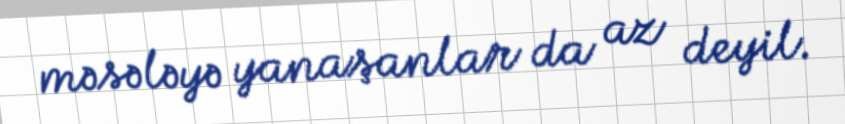
məsələyə yanaşanlar da az deyil.